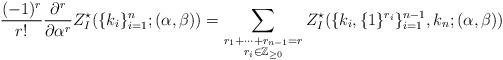
LaTeX: \begin{align*}\begin{aligned}\frac{(-1)^r}{r!}\frac{\mathrm{\partial}^r}{\mathrm{\partial}\alpha^r}Z^{\star}_{I}(\{k_i\}_{i=1}^{n};(\alpha,\beta))=\sum_{\begin{subarray}{c}r_1+\cdots+r_{n-1}= r\\ r_i\in\mathbb{Z}_{\ge0} \end{subarray}}Z^{\star}_{I}(\{k_i,\{1\}^{r_i}\}_{i=1}^{n-1},k_n;(\alpha,\beta))\end{aligned}\end{align*}